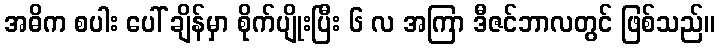
အဓိက စပါး ပေါ် ချိန်မှာ စိုက်ပျိုးပြီး ၆ လ အကြာ ဒီဇင်ဘာလတွင် ဖြစ်သည်။